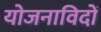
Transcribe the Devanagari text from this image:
योजनाविदों